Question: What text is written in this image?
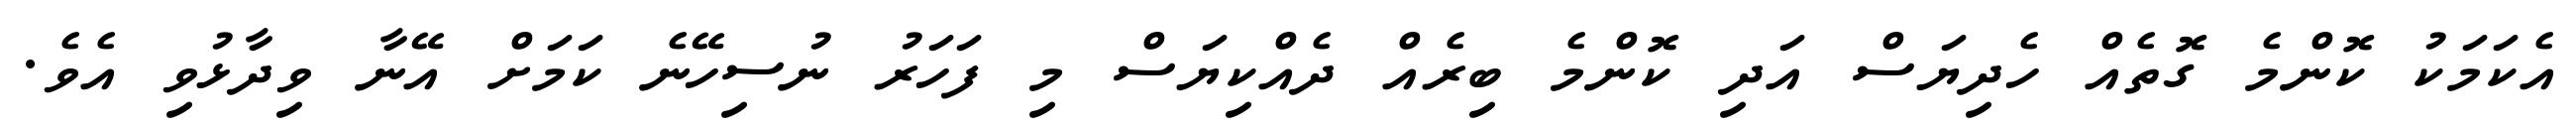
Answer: އެކަމަކު ކޮންމެ ގޮތެއް ހެދިޔަސް އަދި ކޮންމެ ބިރެއް ދެއްކިޔަސް މި ފަހަރު ނުސިހޭނެ ކަމަށް އޭނާ ވިދާޅުވި އެވެ.